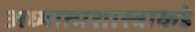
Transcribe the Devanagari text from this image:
अध्यात्मशास्त्राकडे